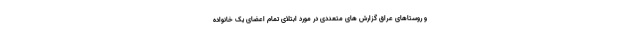
و روستاهای عراق گزارش های متعددی در مورد ابتلای تمام اعضای یک خانواده